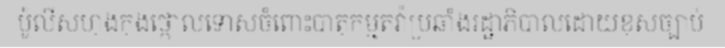
ប៉ូលីសហុងកុងថ្កោលទោសចំពោះបាតុកម្មតវ៉ាប្រឆាំងរដ្ឋាភិបាលដោយខុសច្បាប់